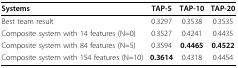
<table><thead><tr><td><b>Systems</b></td><td><b>TAP-5</b></td><td><b>TAP-10</b></td><td><b>TAP-20</b></td></tr></thead><tbody><tr><td>Best team result</td><td>0.3297</td><td>0.3538</td><td>0.3535</td></tr><tr><td>Composite system with 14 features (N=0)</td><td>0.3527</td><td>0.4241</td><td>0.4435</td></tr><tr><td>Composite system with 84 features (N=5)</td><td>0.3594</td><td><b>0.4465</b></td><td><b>0.4522</b></td></tr><tr><td>Composite system with 154 features (N=10)</td><td><b>0.3614</b></td><td>0.4318</td><td>0.4454</td></tr></tbody></table>